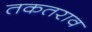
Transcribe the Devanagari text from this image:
तकतराव